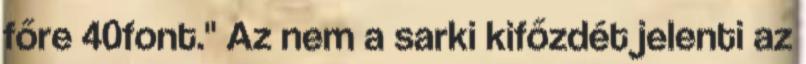
főre 40font." Az nem a sarki kifőzdét jelenti az